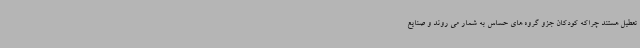
تعطیل هستند چراکه کودکان جزو گروه های حساس به شمار می روند و صنایع